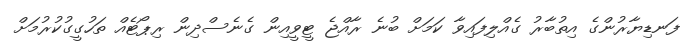
ފަނޑިޔާރުންގެ އިތުބާރު ގެއްލިފައިވާ ކަމަށް ބުނެ ރާއްޖެ ޓީވީއިން ގެނެސްދިން ރިޕޯޓެއް ތަހުގީގުކުރުމަށް